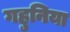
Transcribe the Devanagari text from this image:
गहुनिया